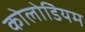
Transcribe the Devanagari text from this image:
कोलोडियम